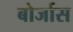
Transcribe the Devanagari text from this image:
बोर्जास